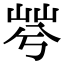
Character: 𡷬